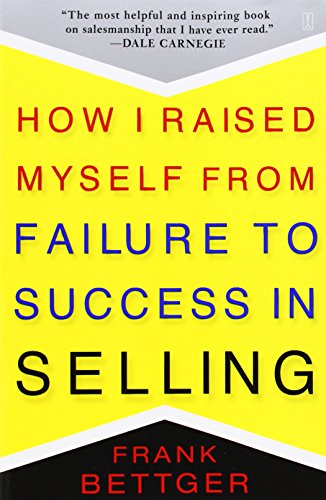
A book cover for How I Raised Myself from Failure to Success in Selling; Frank Bettger; Business & Money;